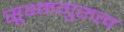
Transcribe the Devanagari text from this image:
सूक्ष्मगुरुत्व